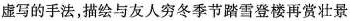
虚写的手法，描绘与友人穷冬季节踏雪登楼再赏壮景